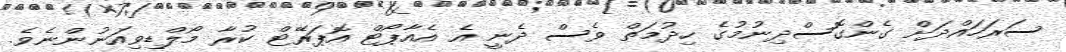
ސަރަހައްދަށް ގެންގޮސްދިނުމުގެ ހިދުމަތް ވެސް ދެނީ އެ އެއާޕޯޓް އޮޕަރޭޓް ކުރާ މޯލްޑިވިއަނުންނެވެ.